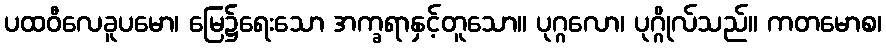
ပထဝီလေခူပမော၊ မြေ၌ရေးသော အက္ခရာနှင့်တူသော။ ပုဂ္ဂလော၊ ပုဂ္ဂိုလ်သည်။ ကတမောစ၊